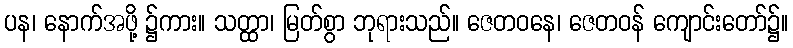
ပန၊ နောက်အဖို့ ၌ကား။ သတ္ထာ၊ မြတ်စွာ ဘုရားသည်။ ဇေတဝနေ၊ ဇေတဝန် ကျောင်းတော်၌။